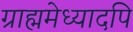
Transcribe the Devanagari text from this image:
ग्राह्ममेध्यादपि